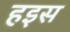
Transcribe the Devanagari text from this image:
हइस